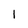
Character: 1